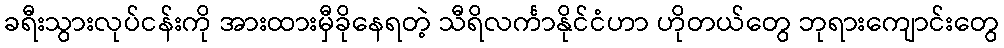
ခရီးသွားလုပ်ငန်းကို အားထားမှီခိုနေရတဲ့ သီရိလင်္ကာနိုင်ငံဟာ ဟိုတယ်တွေ ဘုရားကျောင်းတွေ